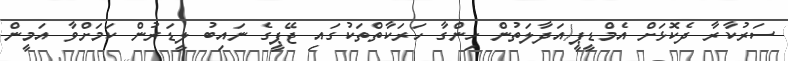
ސަރުކާރާ ދެކޮޅަށް އެމްޑީޕީ/އަދާލަތުން ހިންގާ ހަރަކާތްތަކުގައި ޖޭޕީގެ ނައިބު ލީޑަރުން ކަމަށްވާ އަމީން